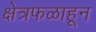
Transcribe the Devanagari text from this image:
क्षेत्रफळाहून